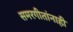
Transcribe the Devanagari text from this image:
समरगीतांनाही